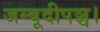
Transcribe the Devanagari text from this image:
जम्बूदीपञ्च।